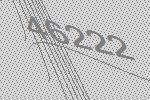
46222